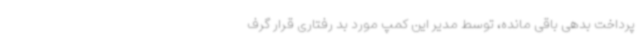
پرداخت بدهی باقی مانده، توسط مدیر این کمپ مورد بد رفتاری قرار گرف